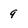
Character: 9